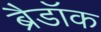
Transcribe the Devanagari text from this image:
ब्रैडॉक